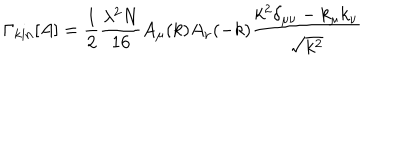
LaTeX: \Gamma _ { \mathrm { k i n } } [ A ] = \frac { 1 } { 2 } \frac { \lambda ^ { 2 } N } { 1 6 } A _ { \mu } ( k ) A _ { \nu } ( - k ) \frac { k ^ { 2 } \delta _ { \mu \nu } - k _ { \mu } k _ { \nu } } { \sqrt { k ^ { 2 } } }